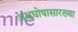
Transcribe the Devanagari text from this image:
अश्वघोषासारख्या